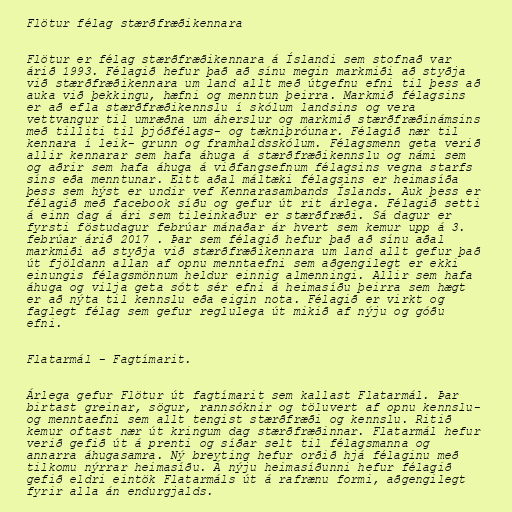
Flötur félag stærðfræðikennara

Flötur er félag stærðfræðikennara á Íslandi sem stofnað var
árið 1993. Félagið hefur það að sínu megin markmiði að styðja
við stærðfræðikennara um land allt með útgefnu efni til þess að
auka við þekkingu, hæfni og menntun þeirra. Markmið félagsins
er að efla stærðfræðikennslu í skólum landsins og vera
vettvangur til umræðna um áherslur og markmið stærðfræðinámsins
með tilliti til þjóðfélags- og tækniþróunar. Félagið nær til
kennara í leik- grunn og framhaldsskólum. Félagsmenn geta verið
allir kennarar sem hafa áhuga á stærðfræðikennslu og námi sem
og aðrir sem hafa áhuga á viðfangsefnum félagsins vegna starfs
síns eða menntunar. Eitt aðal máltæki félagsins er heimasíða
þess sem hýst er undir vef Kennarasambands Íslands. Auk þess er
félagið með facebook síðu og gefur út rit árlega. Félagið setti
á einn dag á ári sem tileinkaður er stærðfræði. Sá dagur er
fyrsti föstudagur febrúar mánaðar ár hvert sem kemur upp á 3.
febrúar árið 2017 . Þar sem félagið hefur það að sínu aðal
markmiði að styðja við stærðfræðikennara um land allt gefur það
út fjöldann allan af opnu menntaefni sem aðgengilegt er ekki
einungis félagsmönnum heldur einnig almenningi. Allir sem hafa
áhuga og vilja geta sótt sér efni á heimasíðu þeirra sem hægt
er að nýta til kennslu eða eigin nota. Félagið er virkt og
faglegt félag sem gefur reglulega út mikið af nýju og góðu
efni.

Flatarmál - Fagtímarit.

Árlega gefur Flötur út fagtímarit sem kallast Flatarmál. Þar
birtast greinar, sögur, rannsóknir og töluvert af opnu kennslu-
og menntaefni sem allt tengist stærðfræði og kennslu. Ritið
kemur oftast nær út kringum dag stærðfræðinnar. Flatarmál hefur
verið gefið út á prenti og síðar selt til félagsmanna og
annarra áhugasamra. Ný breyting hefur orðið hjá félaginu með
tilkomu nýrrar heimasíðu. Á nýju heimasíðunni hefur félagið
gefið eldri eintök Flatarmáls út á rafrænu formi, aðgengilegt
fyrir alla án endurgjalds.